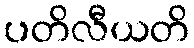
ပတိလီယတိ